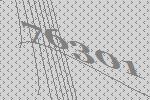
76301